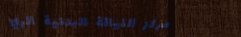
مركز اللياقة البدنية الري